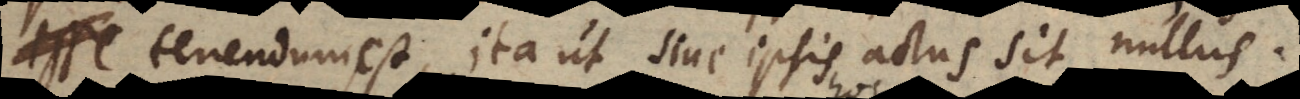
tenendum est, ita ut sine ipsis actus si